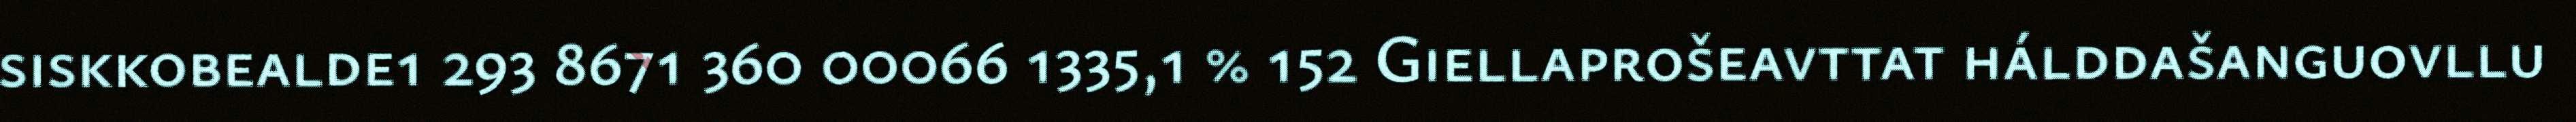
siskkobealde1 293 8671 360 00066 1335,1 % 152 Giellaprošeavttat hálddašanguovllu